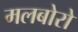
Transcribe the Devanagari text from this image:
मलबोरो